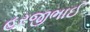
હરજીભાઈ